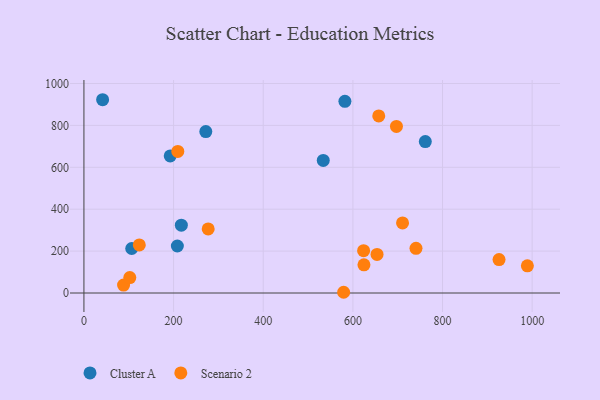
{"axis": {"x": "Ad Spend", "y": "Exam Score"}, "legend": ["Cluster A", "Scenario 2"], "data": [{"x": "217.3", "y": 323.7, "type": "Cluster A"}, {"x": "41.7", "y": 922.5, "type": "Cluster A"}, {"x": "582.2", "y": 914.8, "type": "Cluster A"}, {"x": "208.4", "y": 224.4, "type": "Cluster A"}, {"x": "192.5", "y": 654.3, "type": "Cluster A"}, {"x": "761.6", "y": 722.6, "type": "Cluster A"}, {"x": "271.9", "y": 770.4, "type": "Cluster A"}, {"x": "106.6", "y": 212.5, "type": "Cluster A"}, {"x": "533.9", "y": 633.0, "type": "Cluster A"}, {"x": "623.9", "y": 202.1, "type": "Scenario 2"}, {"x": "88.4", "y": 37.8, "type": "Scenario 2"}, {"x": "579.4", "y": 3.5, "type": "Scenario 2"}, {"x": "697.2", "y": 794.9, "type": "Scenario 2"}, {"x": "740.8", "y": 213.4, "type": "Scenario 2"}, {"x": "710.8", "y": 334.7, "type": "Scenario 2"}, {"x": "989.3", "y": 129.8, "type": "Scenario 2"}, {"x": "657.7", "y": 845.3, "type": "Scenario 2"}, {"x": "123.5", "y": 229.3, "type": "Scenario 2"}, {"x": "209.4", "y": 675.7, "type": "Scenario 2"}, {"x": "926.1", "y": 159.6, "type": "Scenario 2"}, {"x": "277.2", "y": 305.9, "type": "Scenario 2"}, {"x": "102.3", "y": 73.6, "type": "Scenario 2"}, {"x": "624.7", "y": 134.7, "type": "Scenario 2"}, {"x": "653.9", "y": 184.3, "type": "Scenario 2"}]}